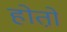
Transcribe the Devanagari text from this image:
होतो़